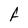
Character: F